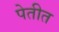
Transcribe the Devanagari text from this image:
पेतीत